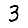
Digit: 3